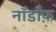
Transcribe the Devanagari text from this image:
नॉर्डॉफ़